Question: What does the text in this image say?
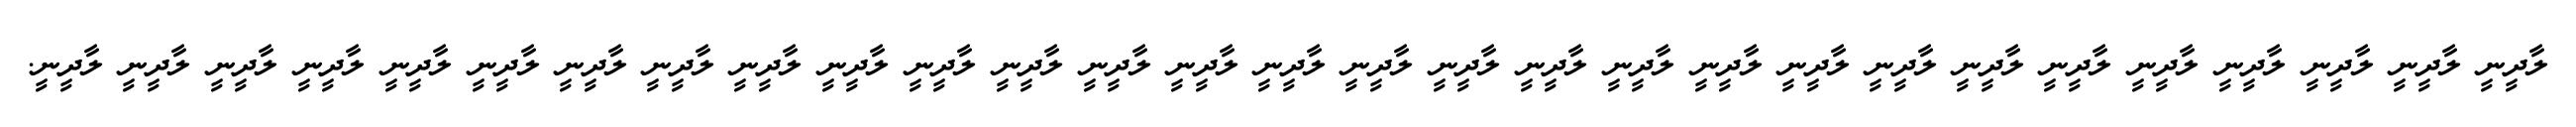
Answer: ލާދީނީ ލާދީނީ ލާދީނީ ލާދީނީ ލާދީނީ ލާދީނީ ލާދީނީ ލާދީނީ ލާދީނީ ލާދީނީ ލާދީނީ ލާދީނީ ލާދީނީ ލާދީނީ ލާދީނީ ލާދީނީ ލާދީނީ ލާދީނީ ލާދީނީ ލާދީނީ ލާދީނީ ލާދީނީ ލާދީނީ ލާދީނީ ލާދީނީ ލާދީނީ ލާދީނީ ލާދީނީ ލާދީނީ.